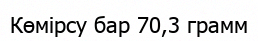
Көмірсу бар 70,3 грамм